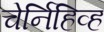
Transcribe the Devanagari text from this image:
चेर्निहिव्ह